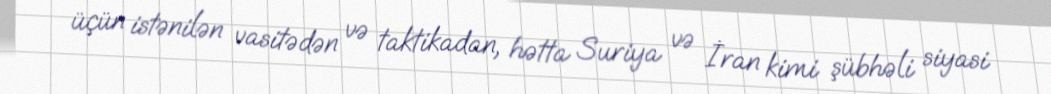
üçün istənilən vasitədən və taktikadan, hətta Suriya və İran kimi şübhəli siyasi